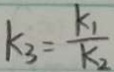
k _ { 3 } = \frac { k _ { 1 } } { k _ { 2 } }